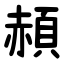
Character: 頳